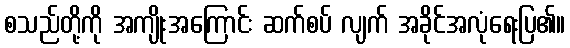
စသည်တို့ကို အကျိုးအကြောင်း ဆက်စပ် လျက် အခိုင်အလုံရေးပြ၏။